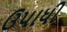
ઉપાધી